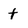
Character: t